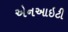
એનઆઇટી